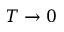
T \rightarrow 0